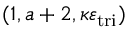
( 1 , a + 2 , \kappa \varepsilon _ { \mathrm { t r i } } )